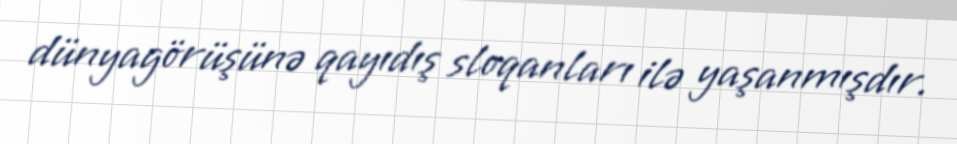
dünyagörüşünə qayıdış sloqanları ilə yaşanmışdır.